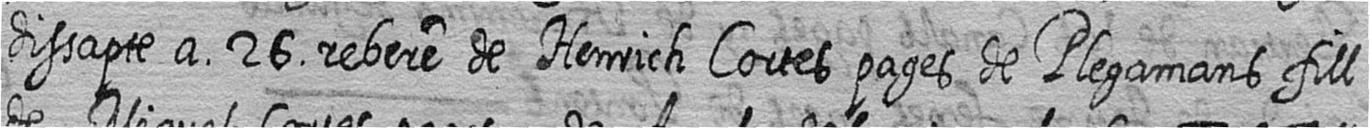
dissapte a 26 rebere de Henrich Cortes pages de Plegamans fill